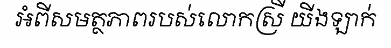
អំពីសមត្ថភាពរបស់លោកស្រី យីងឡាក់